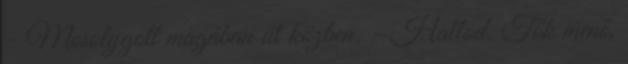
- Mosolygott magában út közben. - Hallod. Tök menő,